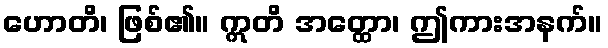
ဟောတိ၊ ဖြစ်၏။ ဣတိ အတ္ထော၊ ဤကားအနက်။